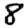
Digit: 8